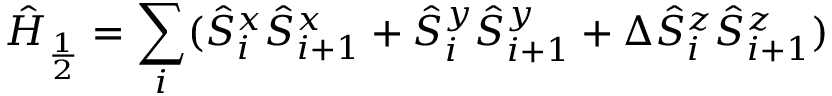
\hat { H } _ { \frac { 1 } { 2 } } = \sum _ { i } ( \hat { S } _ { i } ^ { x } \hat { S } _ { i + 1 } ^ { x } + \hat { S } _ { i } ^ { y } \hat { S } _ { i + 1 } ^ { y } + \Delta \hat { S } _ { i } ^ { z } \hat { S } _ { i + 1 } ^ { z } )